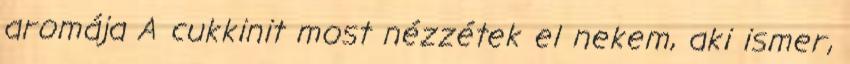
aromája A cukkinit most nézzétek el nekem, aki ismer,